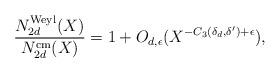
LaTeX: \begin{align*}\frac{N_{2d}^{\mathrm{Weyl}}(X)}{N_{2d}^{\mathrm{cm}}(X)} = 1 + O_{d,\epsilon}(X^{-C_3(\delta_d, \delta^{\prime}) + \epsilon}),\end{align*}